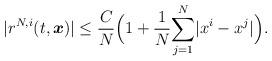
LaTeX: \begin{align*}|r^{N,i}(t,\boldsymbol{x})|\leq\frac{C}{N}\Big(1+\frac{1}{N}\underset{j=1}{\overset{N}\sum}|x^i-x^j|\Big).\end{align*}